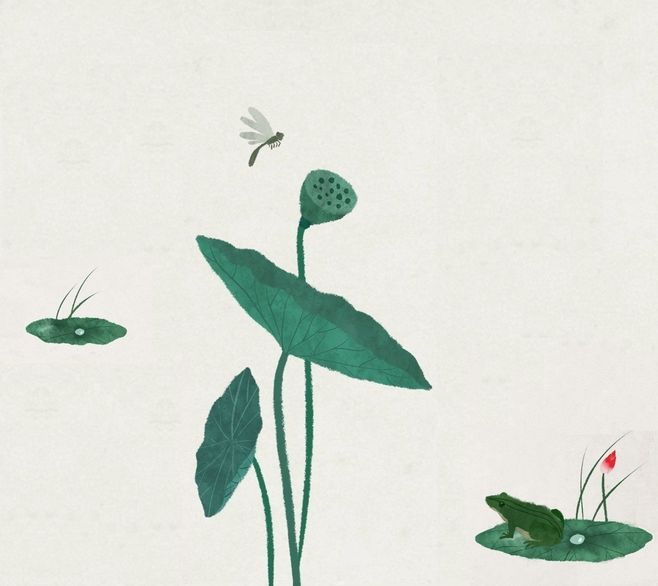
林莺啼到无声处，青草池塘独听蛙。